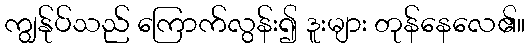
ကျွန်ုပ်သည် ကြောက်လွန်း၍ ဒူးများ တုန်နေလေ၏။